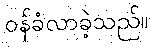
ဝန်ခံလာခဲ့သည်။